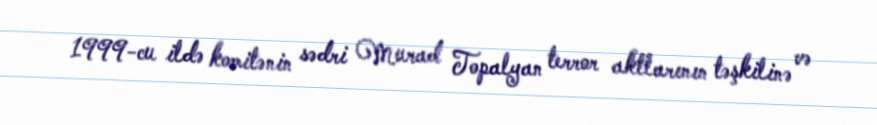
1999-cu ildə komitənin sədri Murad Topalyan terror aktlarının təşkilinə və